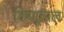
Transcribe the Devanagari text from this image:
विष्णूताल